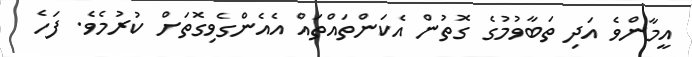
އީމާންވެ އަދި ތަބާވުމުގެ ގޮތުން އެކަންތައްތައް އެއެންގެވިގޮތަށް ކުރުމެވެ. ފަހެ